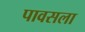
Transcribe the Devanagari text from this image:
पावसला